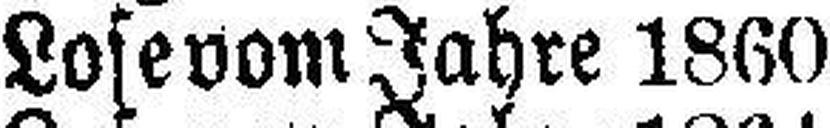
Losevom Jahre 1860